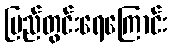
ပြည်တွင်းရေကြောင်း